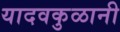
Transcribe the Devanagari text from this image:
यादवकुळानी